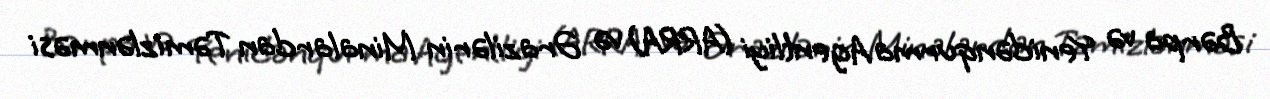
Bərpa və Yenidənqurma Agentliyi (ARRA) və Ərazilərin Minalardan Təmizlənməsi